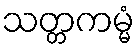
သတ္တကမ္မံ